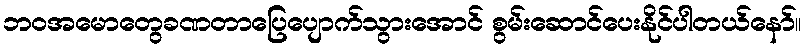
ဘဝအမောတွေခဏတာပြေပျောက်သွားအောင် စွမ်းဆောင်ပေးနိုင်ပါတယ်နော်။